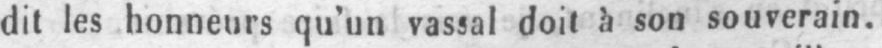
dit les honneurs qu’un vassal doit à son souverain.